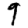
Digit: 9